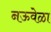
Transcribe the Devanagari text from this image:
नऊवेळा